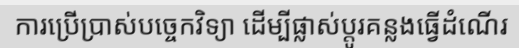
ការប្រើប្រាស់បច្ចេកវិទ្យា ដើម្បីផ្លាស់ប្តូរគន្លងធ្វើដំណើរ